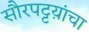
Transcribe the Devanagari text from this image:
सौरपट्टय़ांचा